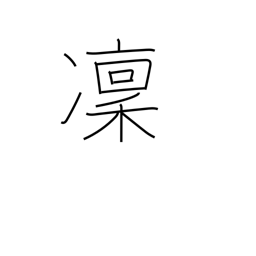
Meaning: cold